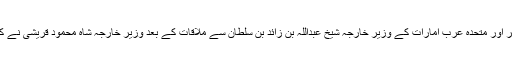
ستمبر کے آغاز پر اسلام آباد آئے ہوئے سعودی عرب کے وزیرِ مملکت برائے امور خارجہ عادل الجبیر اور متحدہ عرب امارات کے وزیر خارجہ شیخ عبداللہ بن زائد بن سلطان سے ملاقات کے بعد وزیر خارجہ شاہ محمود قریشی نے کہا تھا کہ کشمیر کے معاملے پر اسلامی تعاون تنظیم (او آئی سی) کا اجلاس جلد بلانے پر اتفاق ہوا ہے۔